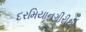
દરમિયાનગીરીથી